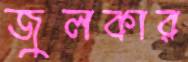
জুলকার